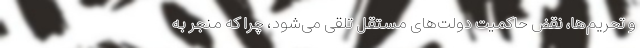
و تحریم‌ها، نقض حاکمیت دولت‌های مستقل تلقی می‌شود، چرا که منجر به